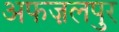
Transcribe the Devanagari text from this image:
अफज़लपुर